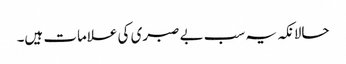
حالانکہ یہ سب بے صبری کی علامات ہیں۔